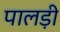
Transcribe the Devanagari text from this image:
पालड़ी